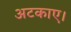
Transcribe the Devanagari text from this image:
अटकाए।